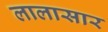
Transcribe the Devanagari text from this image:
लालासार